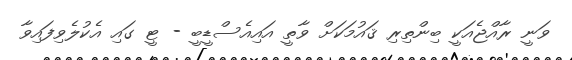
ވަނީ ރާއްޖެއަކީ ބިންތިރި ޤައުމަކަށް ވާތީ އައިއެސްޑީބީ - ޓީ ގައި އެކުލެވިފައިވާ